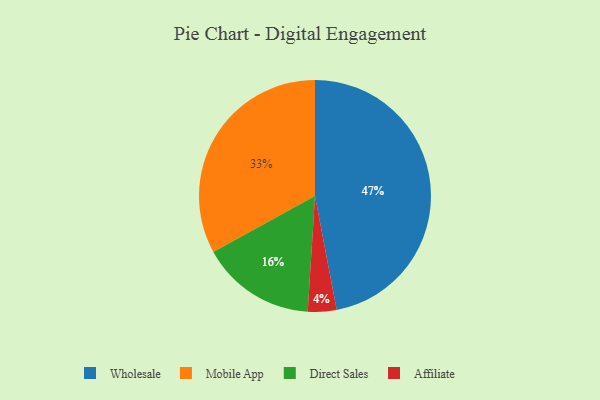
{"axis": {"x": "Category", "y": "Percentage"}, "legend": ["Affiliate", "Direct Sales", "Mobile App", "Wholesale"], "data": [{"x": "Affiliate", "y": 4, "type": "Affiliate"}, {"x": "Mobile App", "y": 33, "type": "Mobile App"}, {"x": "Direct Sales", "y": 16, "type": "Direct Sales"}, {"x": "Wholesale", "y": 47, "type": "Wholesale"}]}